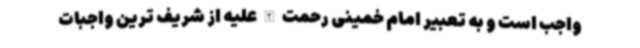
واجب است و به تعبیر امام خمینی رحمت الله علیه از شریف ترین واجبات